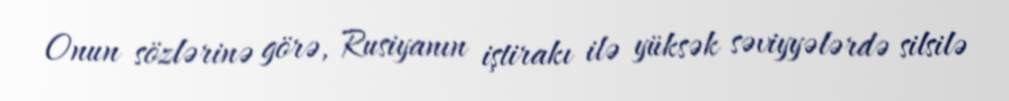
Onun sözlərinə görə, Rusiyanın iştirakı ilə yüksək səviyyələrdə silsilə